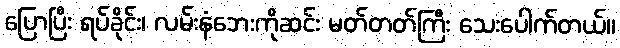
ပြောပြီး ရပ်ခိုင်း၊ လမ်းနံဘေးကိုဆင်း မတ်တတ်ကြီး သေးပေါက်တယ်။